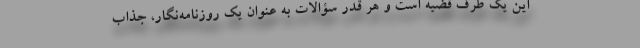
این یک طرف قضیه است و هر قدر سؤالات به عنوان یک روزنامه‌نگار، جذاب